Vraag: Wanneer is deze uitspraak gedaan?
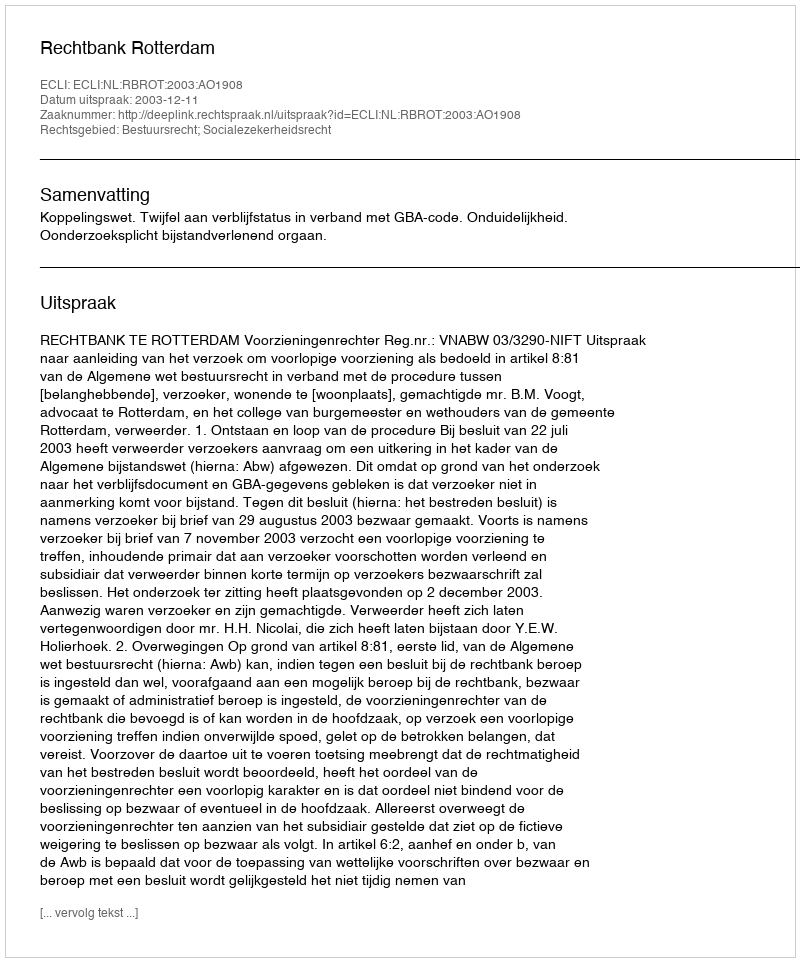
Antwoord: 2003-12-11